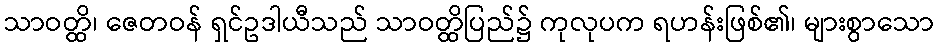
သာဝတ္ထိ၊ ဇေတဝန် ရှင်ဥဒါယီသည် သာဝတ္ထိပြည်၌ ကုလုပက ရဟန်းဖြစ်၏၊ များစွာသော